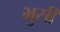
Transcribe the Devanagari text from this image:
भुसी